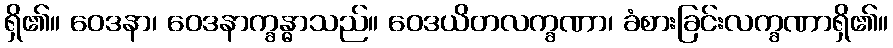
ရှိ၏။ ဝေဒနာ၊ ဝေဒနာက္ခန္ဓာသည်။ ဝေဒယိတလက္ခဏာ၊ ခံစားခြင်းလက္ခဏာရှိ၏။